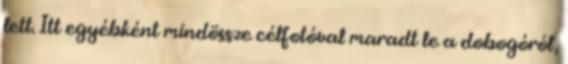
lett. Itt egyébként mindössze célfotóval maradt le a dobogóról,